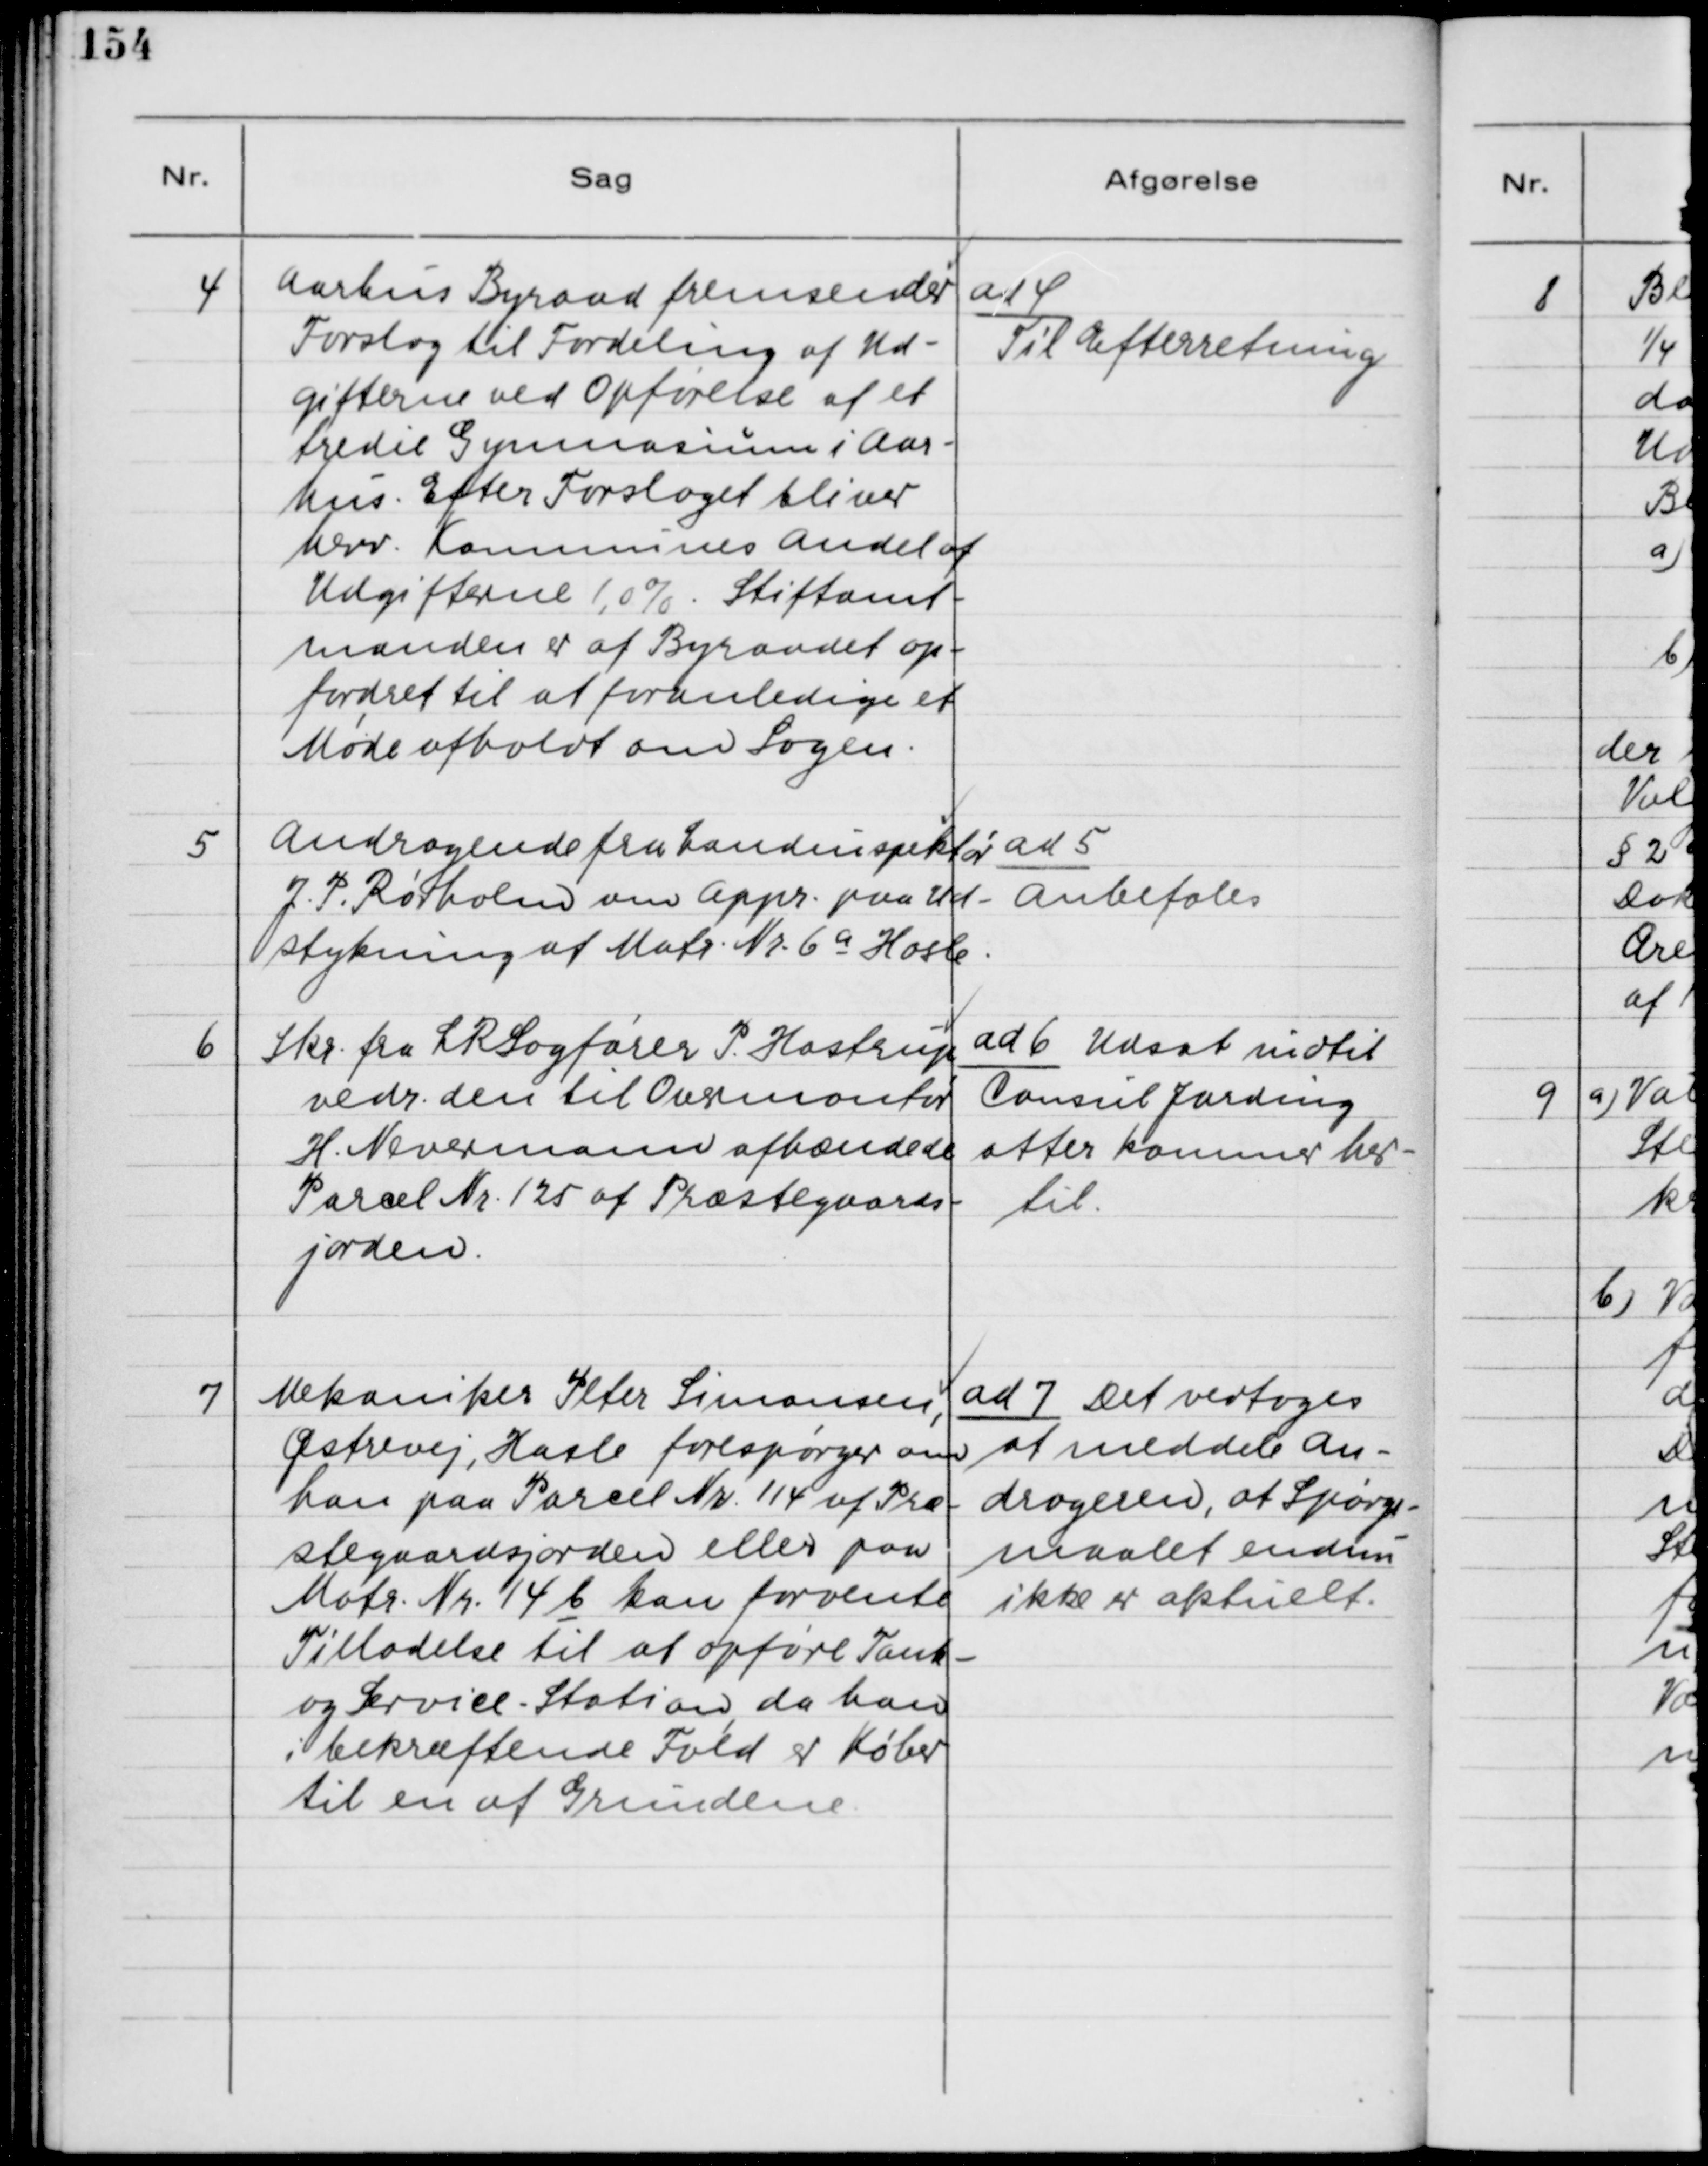
Transskription:
4. Aarhus Byraad fremsender
Forslag til Fordeling af Ud-
gifterne ved Opførelse af et
tredie Gymnasium i Aar-
hus. Efter Forslaget bliver
herv. Kommunes Andel af
Udgifterne 1,0 %. Stiftamt-
manden er af Byraadet op-
fordret til at foranledige et
Møde afholdt om Sagen.

ad 4.
Til Efterretning

5. Andragende fra Landinspektør
J. P. Rørholm om Appr. paa Ud-
stykning af Matr. Nr. 6a Hasle.

ad 5.
Anbefales

6. Skr. fra LRSagfører P. Hastrup
vedr. den til Overmontør
H. Nevermann afhændede
Parcel Nr. 125 af Præstegaards-
jorden.

ad 6. Udsat indtil
Consul Jarding
atter kommer her-
til.

7. Mekaniker Peter Simonsen,
Østrevej, Hasle forespørger om
han paa Parcel Nr. 114 af Præ-
stegaardsjorden eller paa
Matr. Nr. 14 b kan forvente
Tilladelse til at opføre Tank-
og Service - Station, da han
i bekræftende Fald er Køber
til en af Grundene.

ad 7. Det vedtoges
at meddele An-
drageren, at Spørgs-
maalet endnu
ikke er aktuelt.